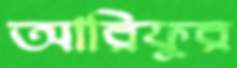
আরিফুর